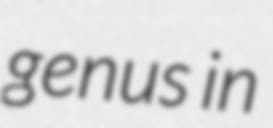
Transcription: genus in